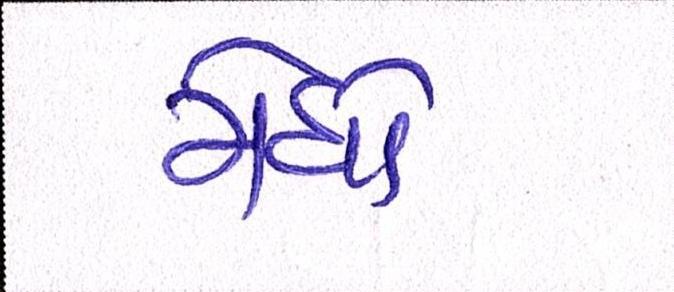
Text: મેઘો